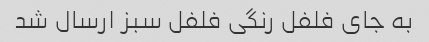
به جای فلفل رنگی فلفل سبز ارسال شد